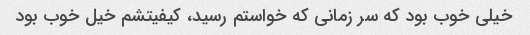
خیلی خوب بود که سر زمانی که خواستم رسید، کیفیتشم خیل خوب بود